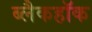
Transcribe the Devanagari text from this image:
ब्लैकहॉक